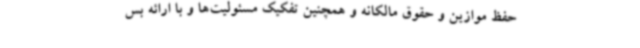
حفظ موازین و حقوق مالکانه و همچنین تفکیک مسئولیت‌ها و با ارائه بس